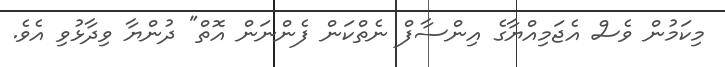
މިކަމުން ވެސް އެޖަމިއްޔާގެ އިންސާފް ނެތްކަން ފެންނަން އޮތް" ދުންޔާ ވިދާޅުވި އެވެ.